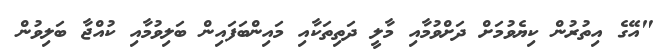
"އޭގެ އިތުރުން ކިޔެވުމަށް ދަށްވުމާއި މާލީ ދަތިތަކާއި މައިންބަފައިން ބަލިވުމާއި ކުއްޖާ ބަލިވުން